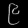
Digit: ၉